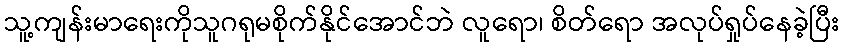
သူ့ကျန်းမာရေးကိုသူဂရုမစိုက်နိုင်အောင်ဘဲ လူရော၊ စိတ်ရော အလုပ်ရှုပ်နေခဲ့ပြီး